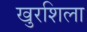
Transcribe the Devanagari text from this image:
खुरशिला